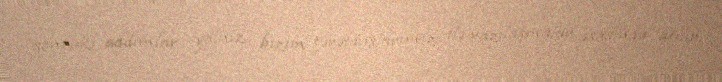
sonrakı addımlar yalnız bizim tərəfdaşlarımız ilə razılaşmalar əsasında atılır.